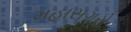
મહાસગરો